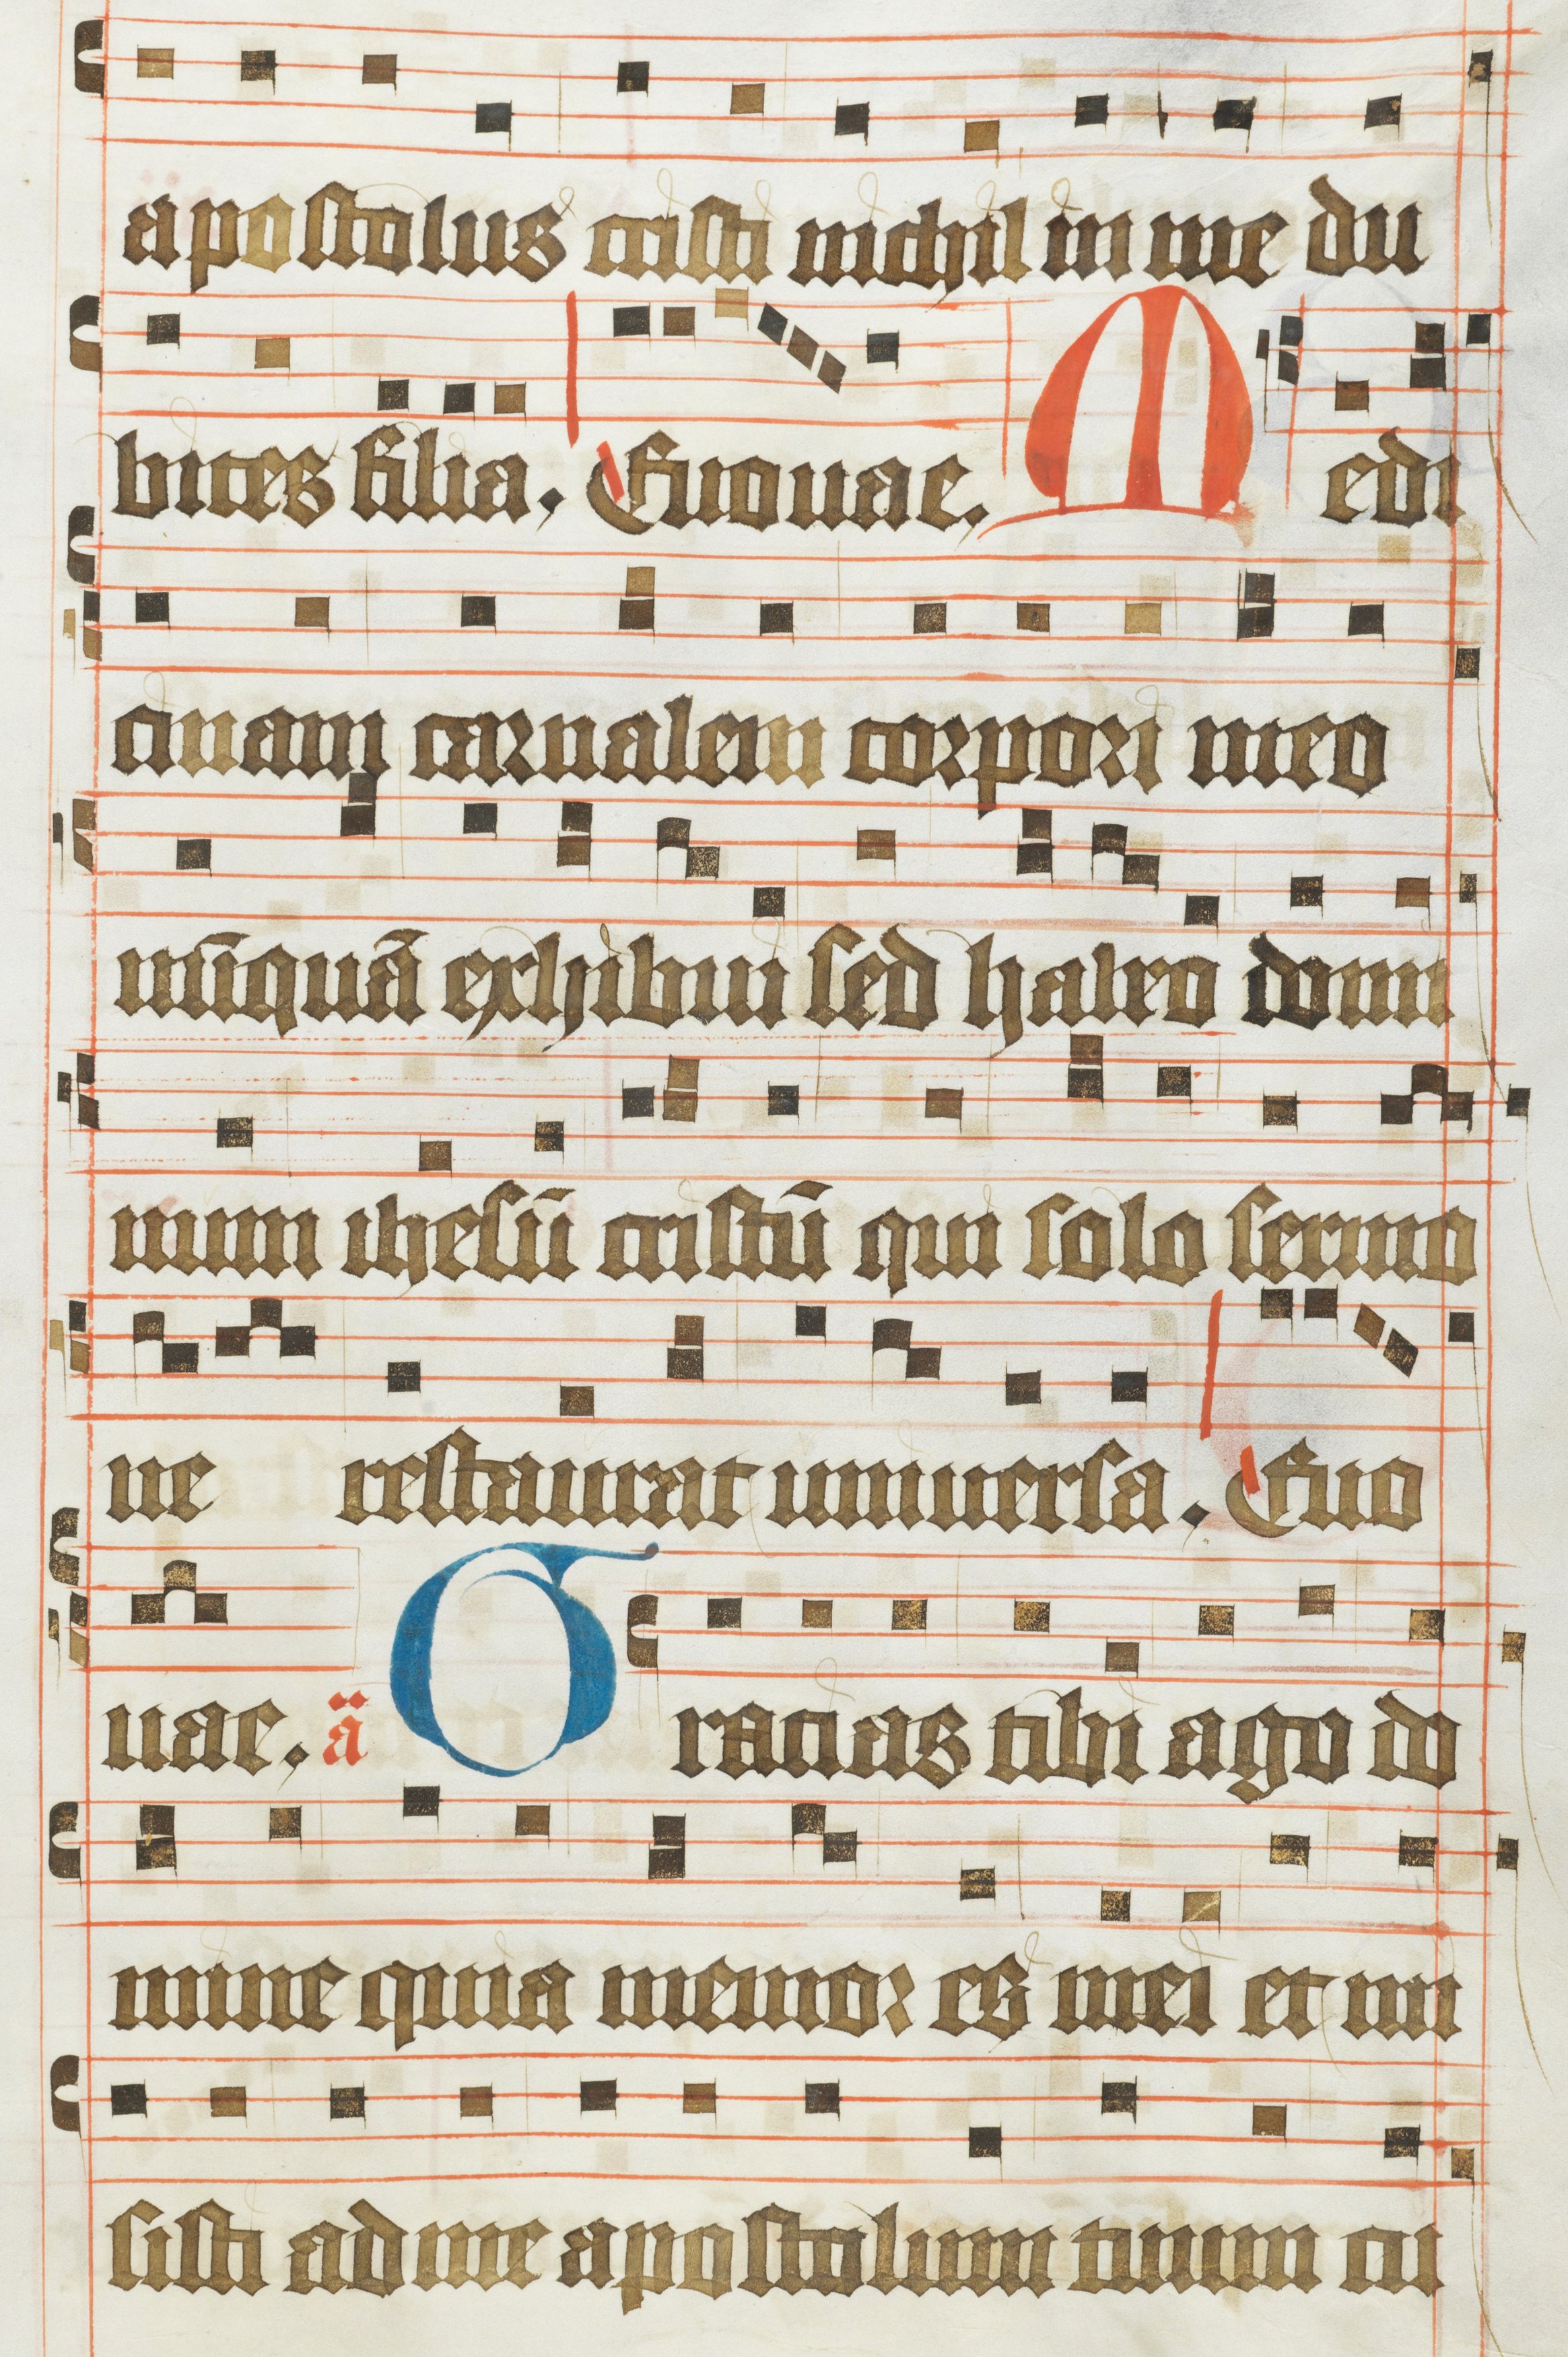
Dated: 1483–1484